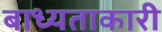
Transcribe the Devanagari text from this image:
बाध्यताकारी